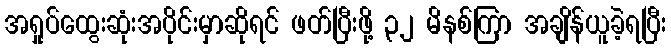
အရှုပ်ထွေးဆုံးအပိုင်းမှာဆိုရင် ဖတ်ပြီးဖို့ ၃၂ မိနစ်ကြာ အချိန်ယူခဲ့ရပြီး